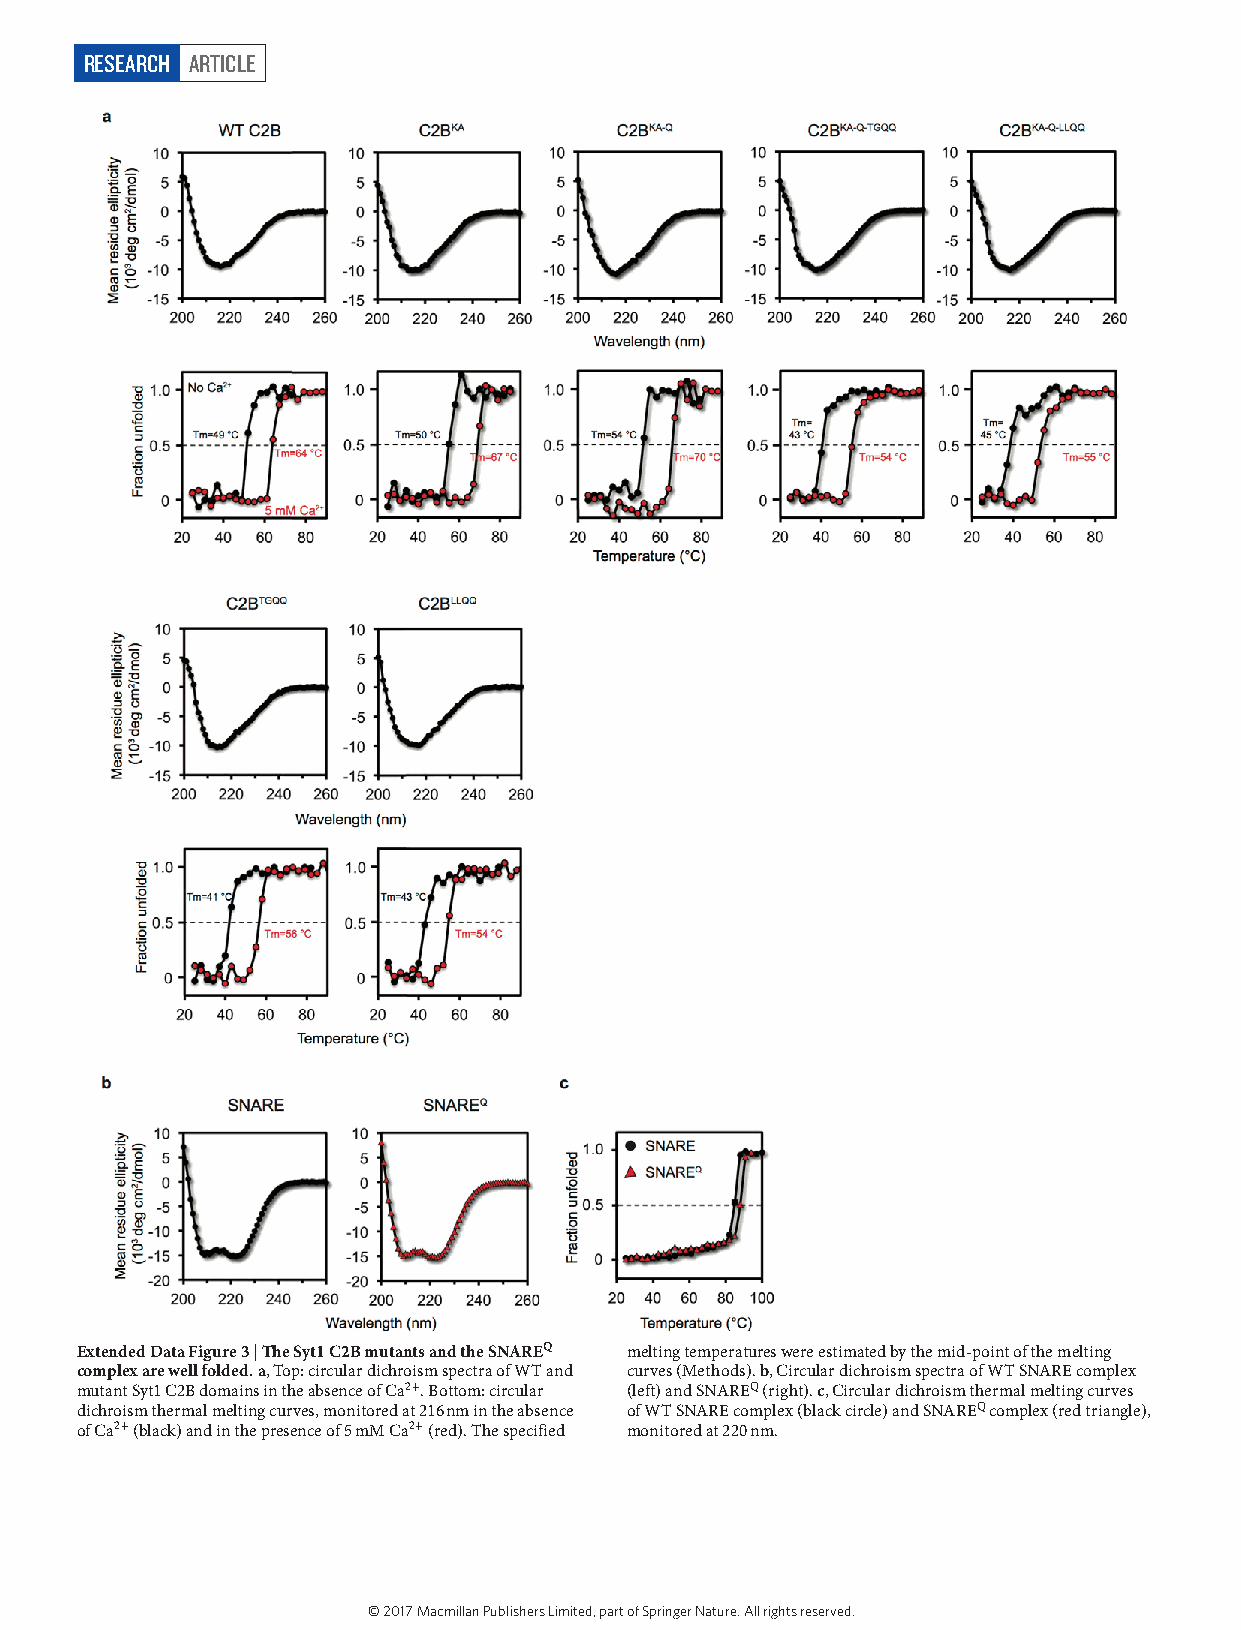
RESEARCH ARTICLE
 Extended Data Figure 3 | The Syt1 C2B mutants and the SNAREQ melting temperatures were estimated by the mid-point of the melting
 complex are well folded. a, Top: circular dichroism spectra of WT and curves (Methods). b, Circular dichroism spectra of WT SNARE complex
 mutant Syt1 C2B domains in the absence of Ca2+. Bottom: circular (left) and SNAREQ (right). c, Circular dichroism thermal melting curves
 dichroism thermal melting curves, monitored at 216 nm in the absence of WT SNARE complex (black circle) and SNAREQ complex (red triangle),
 of Ca2+ (black) and in the presence of 5 mM Ca2+ (red). The specified monitored at 220 nm.
 © 2017 Macmillan Publishers Limited, part of Springer Nature. All rights reserved.